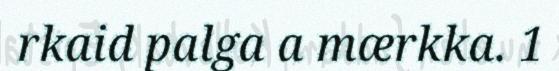
rkaid palga a mærkka. 1